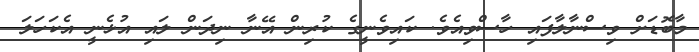
މާބޮޑަށް ވިސްނާލާފައި ހާސްވިއެވެ. ކައިވެނީގެ ކުރިން އޭނާ ނިދަން ލައި އުޅެނީ އެކަހަލަ